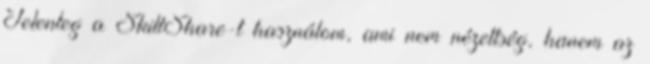
Jelenleg a SkillShare-t használom, ami nem nézettség, hanem az